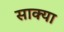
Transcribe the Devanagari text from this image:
साक्या